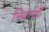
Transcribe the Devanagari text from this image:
लियोनर्डो